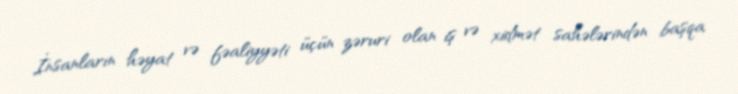
İnsanların həyat və fəaliyyəti üçün zəruri olan iş və xidmət sahələrindən başqa